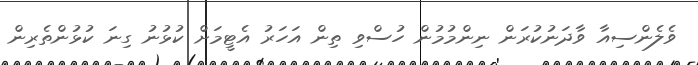
ވެލެންސިއާ ވާދަނުކުރަން ނިންމުމުން ހުސްވި ތިން އަހަރު އެޓީމަށް ކުޅުނު ގިނަ ކުޅުންތެރިން